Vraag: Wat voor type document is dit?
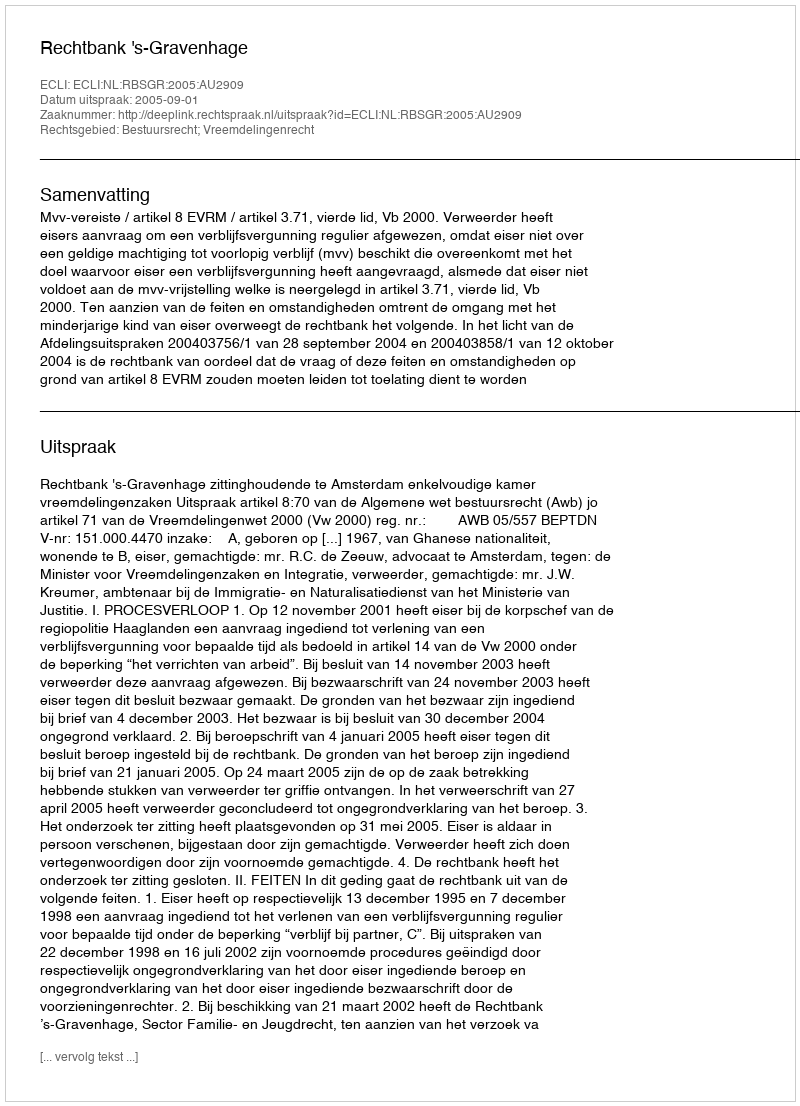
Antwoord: Uitspraak